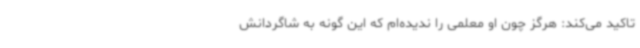
تاکید می‌کند: هرگز چون او معلمی را ندیده‌ام که این گونه به شاگردانش